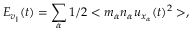
E _ { v _ { \parallel } } ( t ) = \sum _ { \alpha } 1 / 2 < m _ { \alpha } n _ { \alpha } u _ { x _ { \alpha } } ( t ) ^ { 2 } > ,